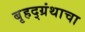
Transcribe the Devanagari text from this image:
बृहद्‌ग्रंथाचा